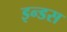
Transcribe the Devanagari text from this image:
इन्‍डस